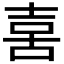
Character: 𠶮